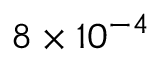
8 \times 1 0 ^ { - 4 }